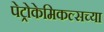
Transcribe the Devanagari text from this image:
पेट्रोकेमिकल्सच्या